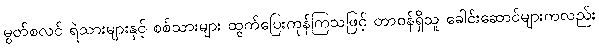
မွတ်စလင် ရဲသားများနှင့် စစ်သားများ ထွက်ပြေးကုန်ကြသဖြင့် တာဝန်ရှိသူ ခေါင်းဆောင်များကလည်း